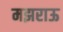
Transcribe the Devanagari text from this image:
मझराऊ